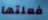
فعلتها